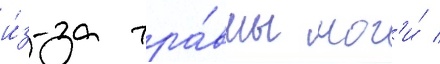
и́з-за тра́вмы ног'и́ /